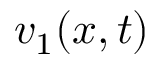
v _ { 1 } ( x , t )